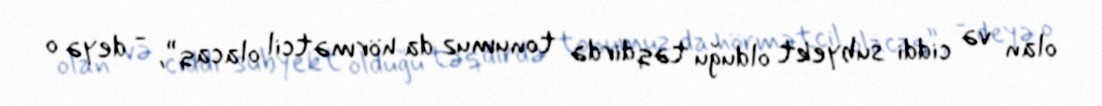
olan və ciddi subyekt olduğu təqdirdə tonumuz da hörmətcil olacaq”, - deyə o